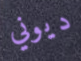
ديوني